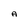
Character: A